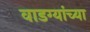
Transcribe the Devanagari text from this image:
वाडग्यांच्या